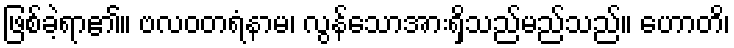
ဖြစ်ခဲ့ရာ၏။ ဗလဝတရံနာမ၊ လွန်သောအားရှိသည်မည်သည်။ ဟောတိ၊